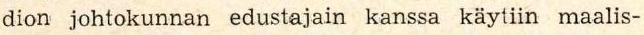
dion johtokunnan edustajain kanssa käytiin maalis-